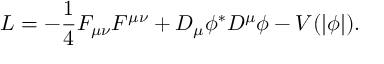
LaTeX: { \cal L } = - \frac { 1 } { 4 } F _ { \mu \nu } F ^ { \mu \nu } + D _ { \mu } \phi ^ { * } D ^ { \mu } \phi - V ( | \phi | ) .